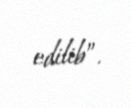
edilib”.